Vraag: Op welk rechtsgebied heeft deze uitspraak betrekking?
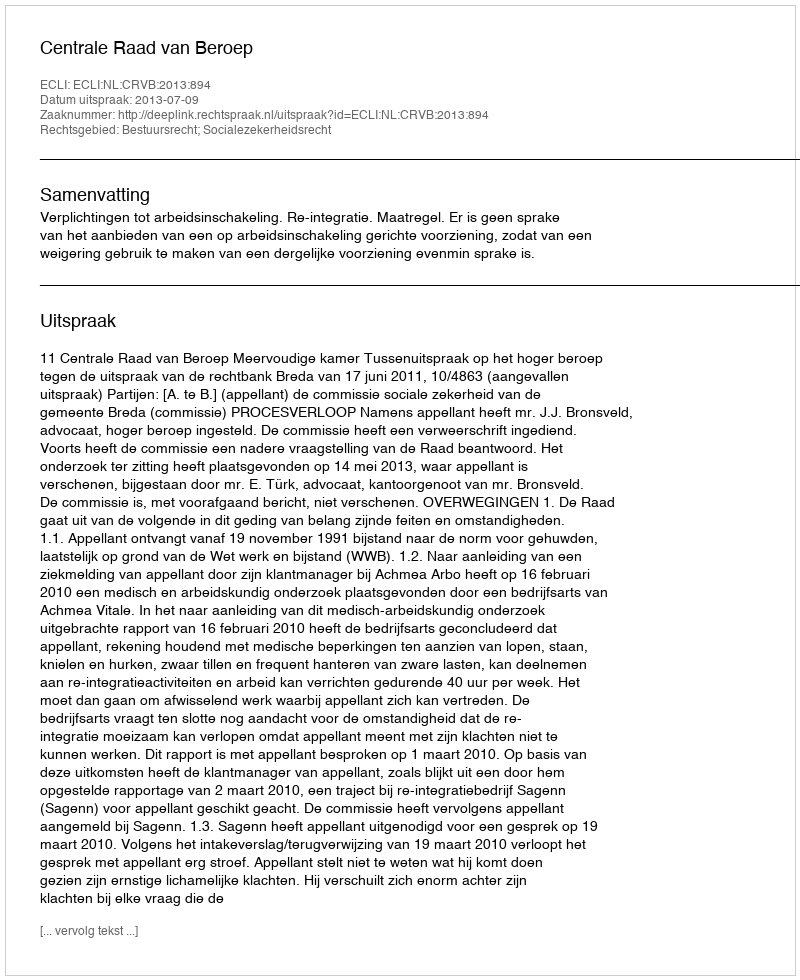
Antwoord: Bestuursrecht; Socialezekerheidsrecht